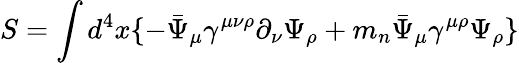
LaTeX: S=\int d^{4}x\{ -\bar{\Psi}_{\mu}\gamma^{\mu\nu\rho}\partial_{\nu}\Psi_{\rho}+m_{n}\bar{\Psi}_{\mu}\gamma^{\mu\rho}\Psi_{\rho}\}